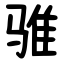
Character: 骓